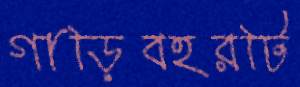
গাড়িবহরটি